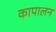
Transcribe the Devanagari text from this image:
कापालन